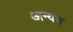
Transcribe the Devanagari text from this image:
अन्यव